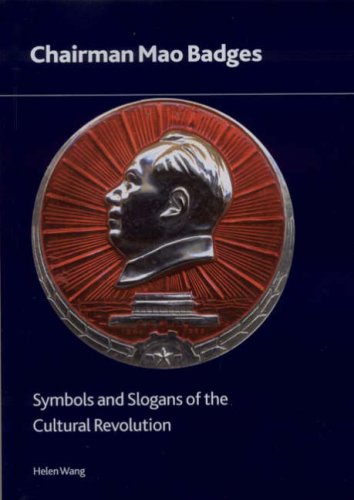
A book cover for Chairman Mao Badges: Symbols and Slogans of the Cultural Revolution (British Museum Research Publication); Helen Wang; Crafts, Hobbies & Home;